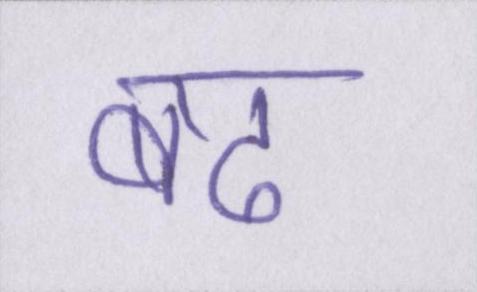
बढ